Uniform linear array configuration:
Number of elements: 8
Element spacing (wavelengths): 0.75
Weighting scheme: exponential
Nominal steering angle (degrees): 30
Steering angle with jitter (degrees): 28.515
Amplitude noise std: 0.05
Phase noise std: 0.05

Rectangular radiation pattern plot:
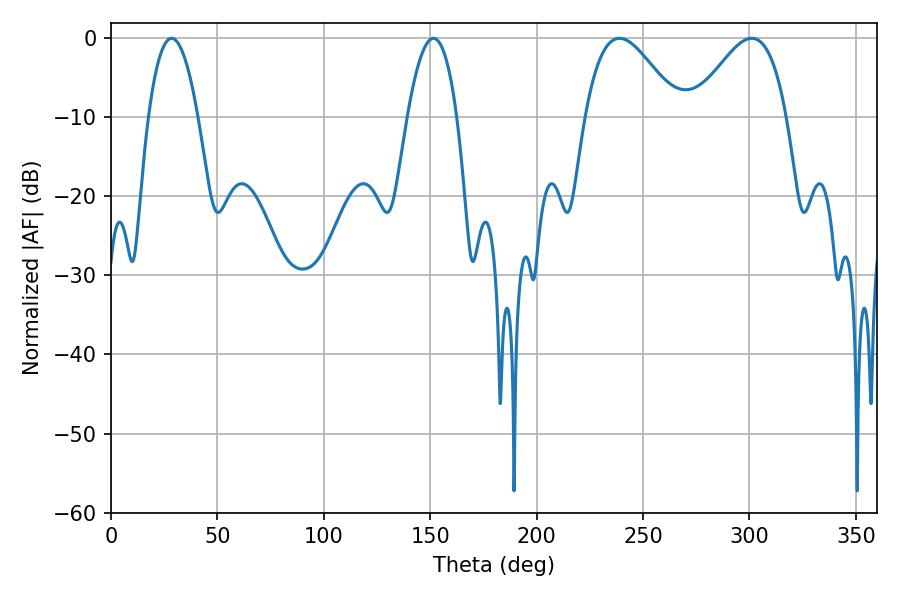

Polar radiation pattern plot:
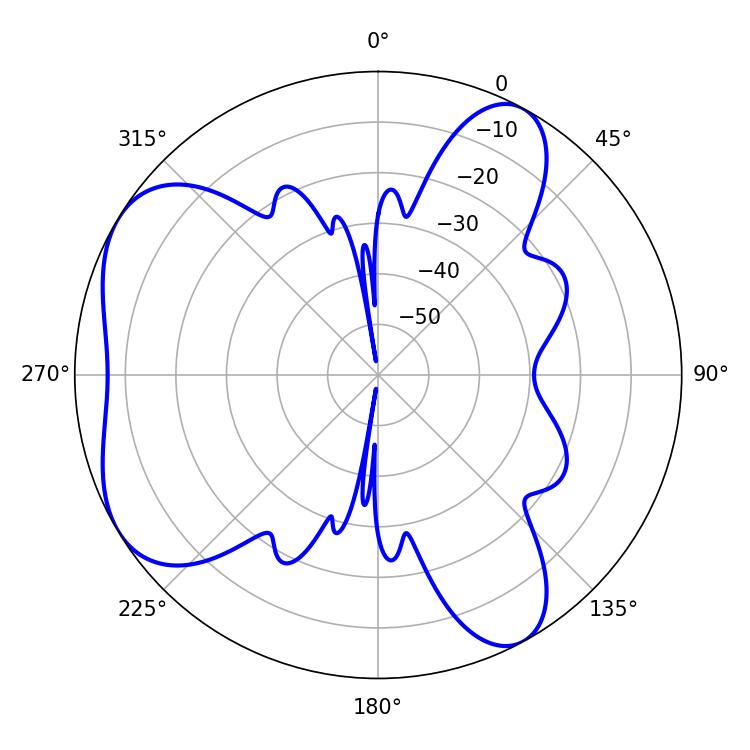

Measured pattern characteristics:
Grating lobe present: TRUE
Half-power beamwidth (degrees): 23.58
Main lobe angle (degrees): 301.14